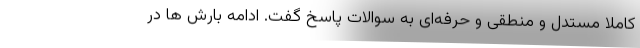
کاملا مستدل و منطقی و حرفه‌ای به سوالات پاسخ گفت. ادامه بارش ها در